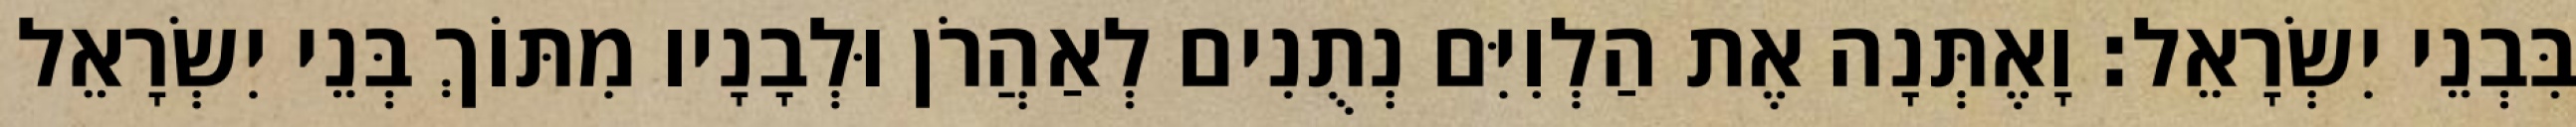
בִּבְנֵי יִשְׂרָאֵל׃ וָאֶתְּנָה אֶת הַלְוִיִּם נְתֻנִים לְאַהֲרֹן וּלְבָנָיו מִתּוֹךְ בְּנֵי יִשְׂרָאֵל